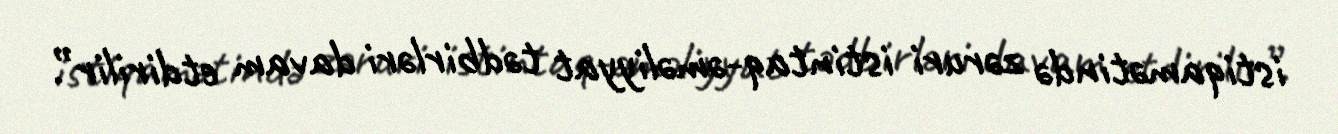
istiqamətində zəruri istintaq-əməliyyat tədbirləri davam etdirilir”.